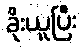
ခိုးယူပြီး